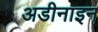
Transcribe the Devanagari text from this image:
अडीनाइन